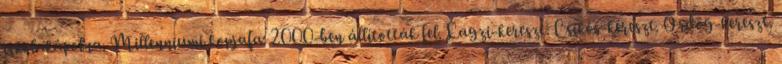
iskolakápolna. Millenniumi kopjafa: 2000-ben állították fel. Lagzi-kereszt. Csikós-kereszt. Ördög-kereszt.